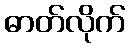
ဓာတ်လိုက်